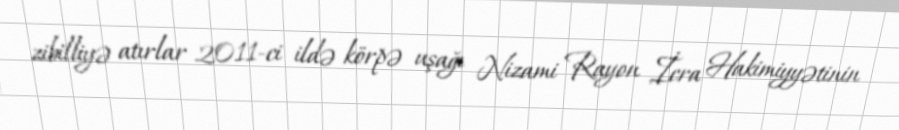
zibilliyə atırlar 2011-ci ildə körpə uşağı Nizami Rayon İcra Hakimiyyətinin